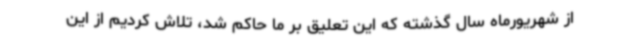
از شهریورماه سال گذشته که این تعلیق بر ما حاکم شد، تلاش کردیم از این